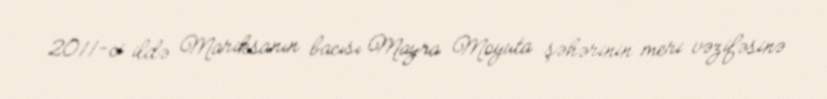
2011-ci ildə Mariksanın bacısı Mayra Moyuta şəhərinin meri vəzifəsinə